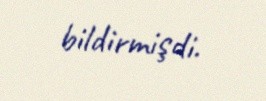
bildirmişdi.